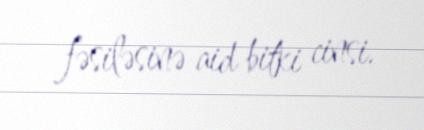
fəsiləsinə aid bitki cinsi.